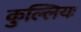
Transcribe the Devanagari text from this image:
कुल्लियः